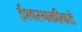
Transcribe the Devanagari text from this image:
ईश्‍वरभक्तीकडे